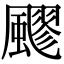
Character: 飂